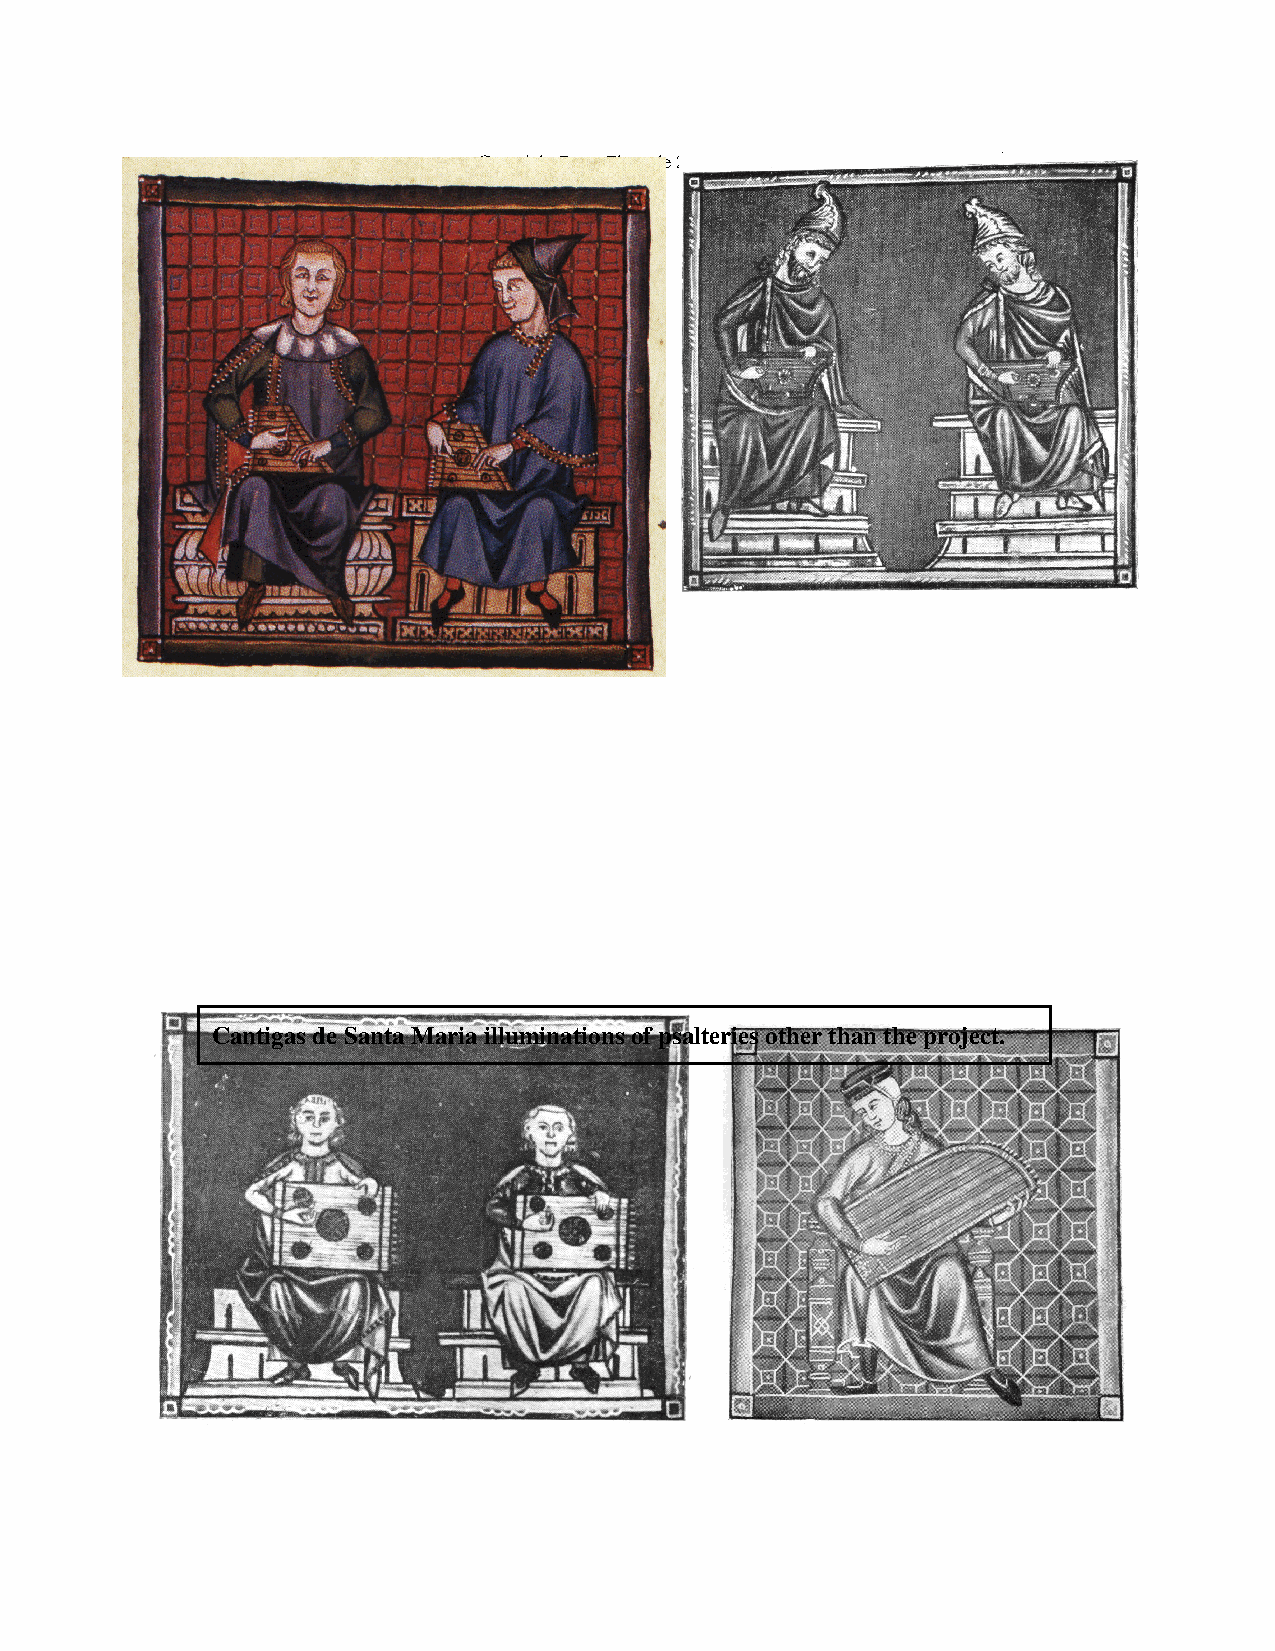
Copyright Barry Ebersole 2003 Cantigas de Santa Maria Psaltery (13th Century) pg 20
 Cantigas de Santa Maria illuminations of psalteries other than the project.